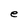
Character: e